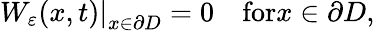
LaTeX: \left.W_{\varepsilon}(x,t)\right|_{x\in\partial D}=0\textrm{}\quad\textrm{for}x\in\partial D,